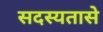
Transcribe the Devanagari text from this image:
सदस्यतासे